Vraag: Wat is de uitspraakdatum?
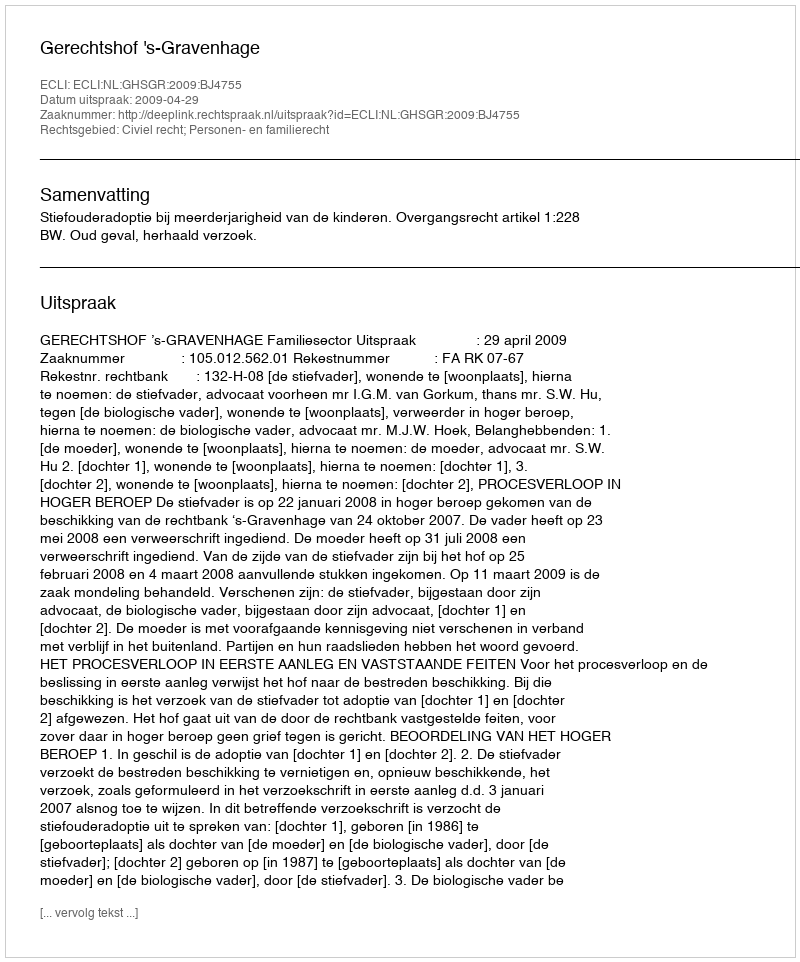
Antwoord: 2009-04-29